King Institute of Preventive Medicine Bacteriolog. Section reports 1907-08
Year: 1907
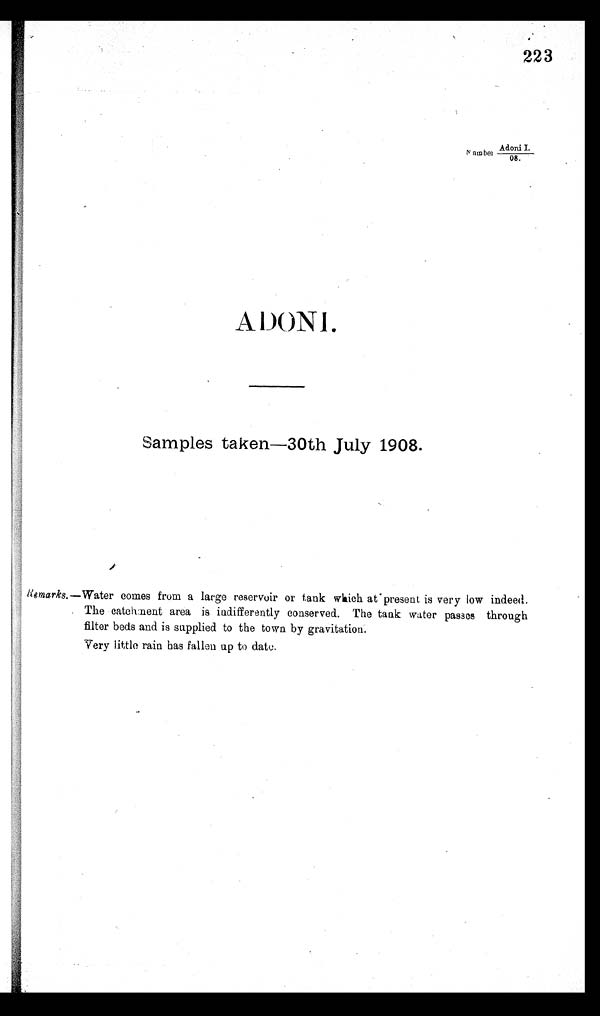
223
Adoni I. /08.
N umber
ADONI.
Samples taken 30th July 1908.
Remarks. —Water comes from a large reservoir or tank which at present is very low indeed.
The catchment area is indifferently conserved. The tank water passes through
,filter beds and is supplied to the town by gravitation.
Very little rain has fallen up to date.